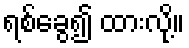
ရစ်ခွေ၍ ထားလို့။